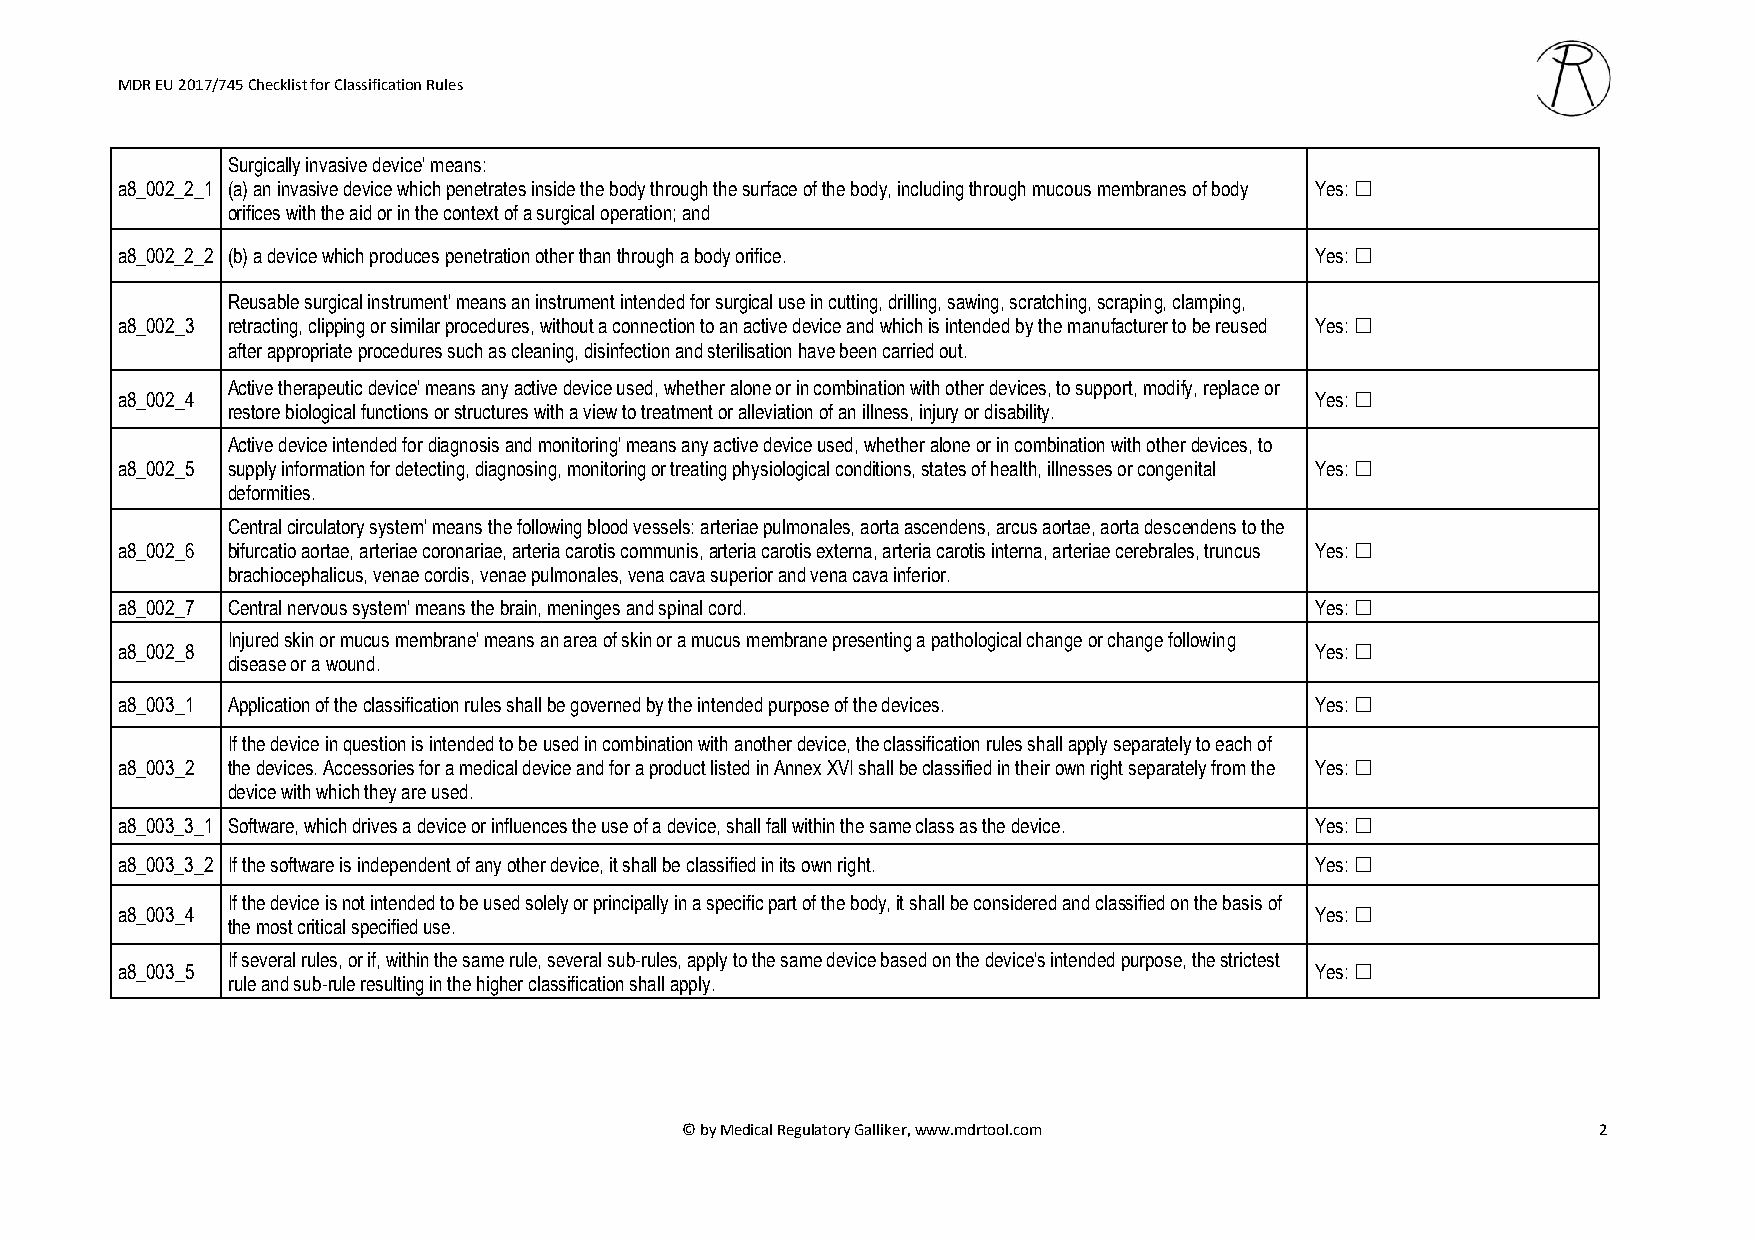
MDR EU 2017/745 Checklist for Classification Rules
 Surgically invasive device' means:
 a8_002_2_1 (a) an invasive device which penetrates inside the body through the surface of the body, including through mucous membranes of body Yes: ☐
 orifices with the aid or in the context of a surgical operation; and
 a8_002_2_2 (b) a device which produces penetration other than through a body orifice. Yes: ☐
 Reusable surgical instrument' means an instrument intended for surgical use in cutting, drilling, sawing, scratching, scraping, clamping,
 a8_002_3 retracting, clipping or similar procedures, without a connection to an active device and which is intended by the manufacturer to be reused Yes: ☐
 after appropriate procedures such as cleaning, disinfection and sterilisation have been carried out.
 Active therapeutic device' means any active device used, whether alone or in combination with other devices, to support, modify, replace or
 a8_002_4                                                                       Yes: ☐
 restore biological functions or structures with a view to treatment or alleviation of an illness, injury or disability.
 Active device intended for diagnosis and monitoring' means any active device used, whether alone or in combination with other devices, to
 a8_002_5 supply information for detecting, diagnosing, monitoring or treating physiological conditions, states of health, illnesses or congenital Yes: ☐
 deformities.
 Central circulatory system' means the following blood vessels: arteriae pulmonales, aorta ascendens, arcus aortae, aorta descendens to the
 a8_002_6 bifurcatio aortae, arteriae coronariae, arteria carotis communis, arteria carotis externa, arteria carotis interna, arteriae cerebrales, truncus Yes: ☐
 brachiocephalicus, venae cordis, venae pulmonales, vena cava superior and vena cava inferior.
 a8_002_7 Central nervous system' means the brain, meninges and spinal cord.    Yes: ☐
 Injured skin or mucus membrane' means an area of skin or a mucus membrane presenting a pathological change or change following
 a8_002_8                                                                       Yes: ☐
 disease or a wound.
 a8_003_1 Application of the classification rules shall be governed by the intended purpose of the devices. Yes: ☐
 If the device in question is intended to be used in combination with another device, the classification rules shall apply separately to each of
 a8_003_2 the devices. Accessories for a medical device and for a product listed in Annex XVI shall be classified in their own right separately from the Yes: ☐
 device with which they are used.
 a8_003_3_1 Software, which drives a device or influences the use of a device, shall fall within the same class as the device. Yes: ☐
 a8_003_3_2 If the software is independent of any other device, it shall be classified in its own right. Yes: ☐
 If the device is not intended to be used solely or principally in a specific part of the body, it shall be considered and classified on the basis of
 a8_003_4                                                                       Yes: ☐
 the most critical specified use.
 If several rules, or if, within the same rule, several sub-rules, apply to the same device based on the device's intended purpose, the strictest
 a8_003_5                                                                       Yes: ☐
 rule and sub-rule resulting in the higher classification shall apply.
 © by Medical Regulatory Galliker, www.mdrtool.com            2